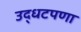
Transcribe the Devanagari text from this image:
उद्धटपणा